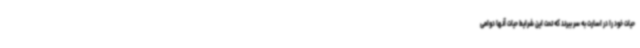
حیات خود را در اسارت به سر ببرند که تحت این شرایط حیات آنها دوامی